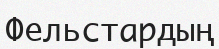
Фельстардың